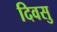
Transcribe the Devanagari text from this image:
दिवसु